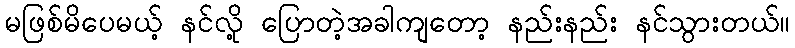
မဖြစ်မိပေမယ့် နင်လို့ ပြောတဲ့အခါကျတော့ နည်းနည်း နင်သွားတယ်။